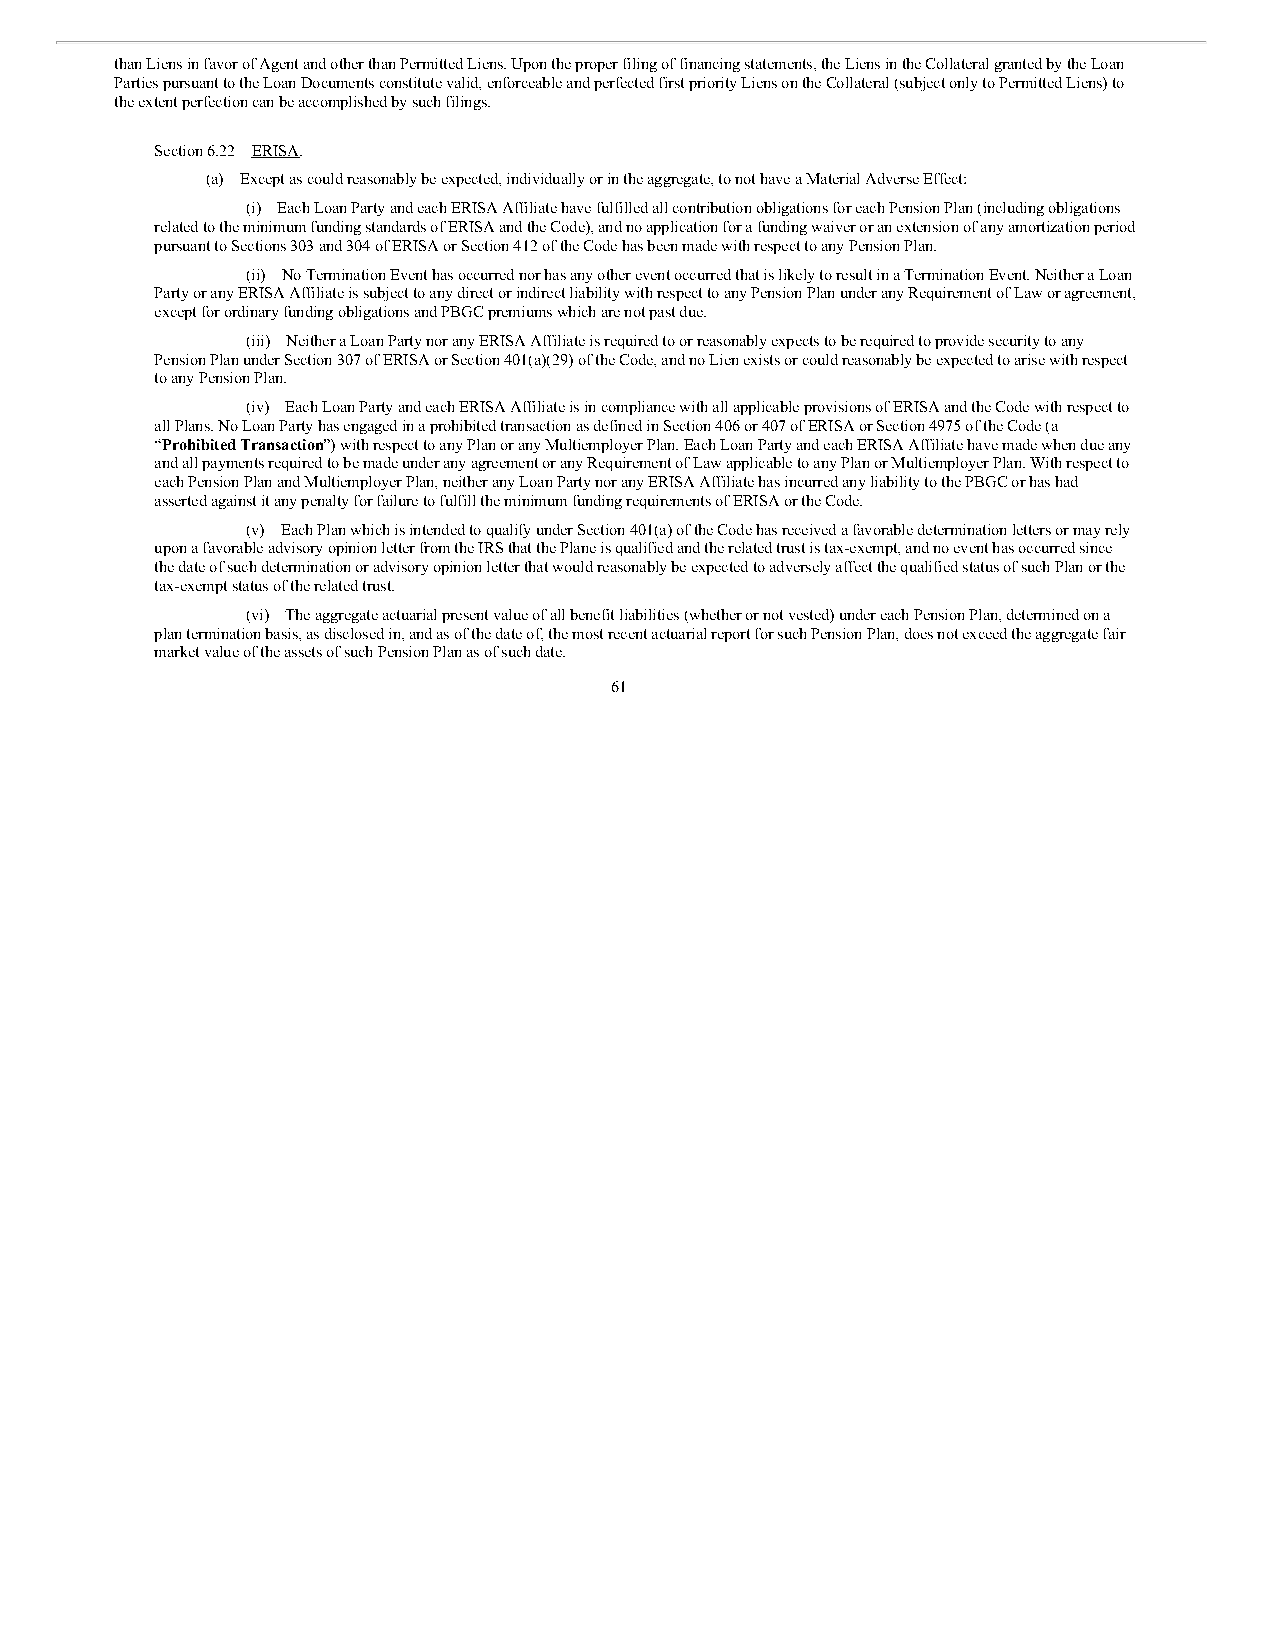
than Liens in favor of Agent and other than Permitted Liens. Upon the proper filing of financing statements, the Liens in the Collateral granted by the Loan
 Parties pursuant to the Loan Documents constitute valid, enforceable and perfected first priority Liens on the Collateral (subject only to Permitted Liens) to
 the extent perfection can be accomplished by such filings.
 Section 6.22 ERISA.
 (a) Except as could reasonably be expected, individually or in the aggregate, to not have a Material Adverse Effect:
 (i) Each Loan Party and each ERISA Affiliate have fulfilled all contribution obligations for each Pension Plan (including obligations
 related to the minimum funding standards of ERISA and the Code), and no application for a funding waiver or an extension of any amortization period
 pursuant to Sections 303 and 304 of ERISA or Section 412 of the Code has been made with respect to any Pension Plan.
 (ii) No Termination Event has occurred nor has any other event occurred that is likely to result in a Termination Event. Neither a Loan
 Party or any ERISA Affiliate is subject to any direct or indirect liability with respect to any Pension Plan under any Requirement of Law or agreement,
 except for ordinary funding obligations and PBGC premiums which are not past due.
 (iii) Neither a Loan Party nor any ERISA Affiliate is required to or reasonably expects to be required to provide security to any
 Pension Plan under Section 307 of ERISA or Section 401(a)(29) of the Code, and no Lien exists or could reasonably be expected to arise with respect
 to any Pension Plan.
 (iv) Each Loan Party and each ERISA Affiliate is in compliance with all applicable provisions of ERISA and the Code with respect to
 all Plans. No Loan Party has engaged in a prohibited transaction as defined in Section 406 or 407 of ERISA or Section 4975 of the Code (a
 “Prohibited Transaction”) with respect to any Plan or any Multiemployer Plan. Each Loan Party and each ERISA Affiliate have made when due any
 and all payments required to be made under any agreement or any Requirement of Law applicable to any Plan or Multiemployer Plan. With respect to
 each Pension Plan and Multiemployer Plan, neither any Loan Party nor any ERISA Affiliate has incurred any liability to the PBGC or has had
 asserted against it any penalty for failure to fulfill the minimum funding requirements of ERISA or the Code.
 (v) Each Plan which is intended to qualify under Section 401(a) of the Code has received a favorable determination letters or may rely
 upon a favorable advisory opinion letter from the IRS that the Plane is qualified and the related trust is tax-exempt, and no event has occurred since
 the date of such determination or advisory opinion letter that would reasonably be expected to adversely affect the qualified status of such Plan or the
 tax-exempt status of the related trust.
 (vi) The aggregate actuarial present value of all benefit liabilities (whether or not vested) under each Pension Plan, determined on a
 plan termination basis, as disclosed in, and as of the date of, the most recent actuarial report for such Pension Plan, does not exceed the aggregate fair
 market value of the assets of such Pension Plan as of such date.
 61